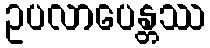
ဥပလာပေန္တဿ